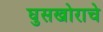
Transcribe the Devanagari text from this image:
घुसखोराचे